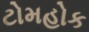
ટોમહોક